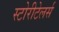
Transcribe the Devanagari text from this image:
स्टोरीटेलर्स